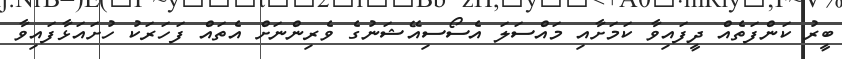
ބީރު ކަންފަތެއް ދީފައިވާ ކަމަށާއި މައްސަލަ އެސޯސިއޭޝަނުގެ ވެރިންނަށް އެތައް ފަހަރަކު ހުށައަޅާފައިވާ